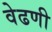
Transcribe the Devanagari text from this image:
वेढणी